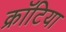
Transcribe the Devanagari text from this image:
क्रॉटिया